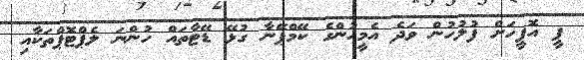
ޕީ އޮފީހަށް ފުލުހުން ވަދެ އެމީހުންގެ ކޭމްޕޭނާ ގުޅޭ ޑޭޓާތައް ހުންނަ ލެޕްޓޮޕްތަކާއި